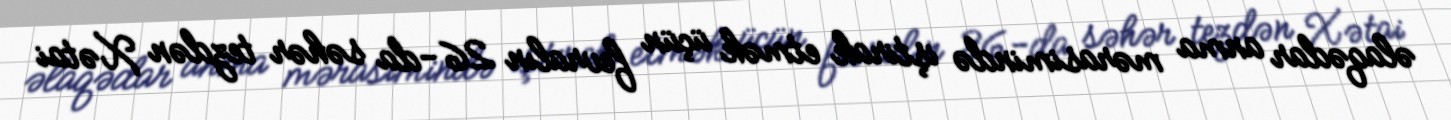
əlaqədar anma mərasimində iştirak etmək üçün fevralın 26-da səhər tezdən Xətai